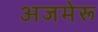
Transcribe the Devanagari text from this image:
अजमेरू